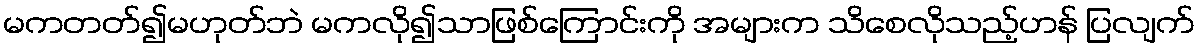
မကတတ်၍မဟုတ်ဘဲ မကလို၍သာဖြစ်ကြောင်းကို အများက သိစေလိုသည့်ဟန် ပြလျက်